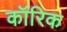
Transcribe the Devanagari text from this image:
कॉरिक